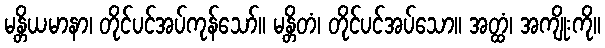
မန္တိယမာနာ၊ တိုင်ပင်အပ်ကုန်သော်။ မန္တိတံ၊ တိုင်ပင်အပ်သော။ အတ္ထံ၊ အကျိုးကို။